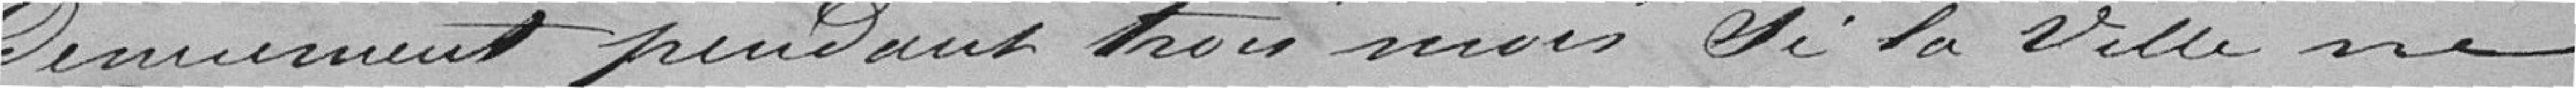
dénuement pendant trois mois si la ville ne